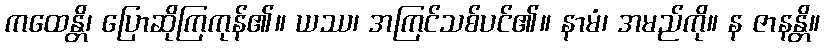
ကထေန္တိ၊ ပြောဆိုကြကုန်၏။ ယဿ၊ အကြင်သစ်ပင်၏။ နာမံ၊ အမည်ကို။ န ဇာနန္တိ။